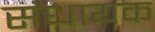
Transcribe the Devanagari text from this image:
संधायक